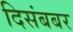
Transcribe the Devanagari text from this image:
दिसंबबर